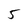
Character: 5